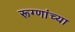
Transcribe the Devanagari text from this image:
रूग्णांच्या